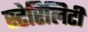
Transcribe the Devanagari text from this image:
स्टेरिलिटी